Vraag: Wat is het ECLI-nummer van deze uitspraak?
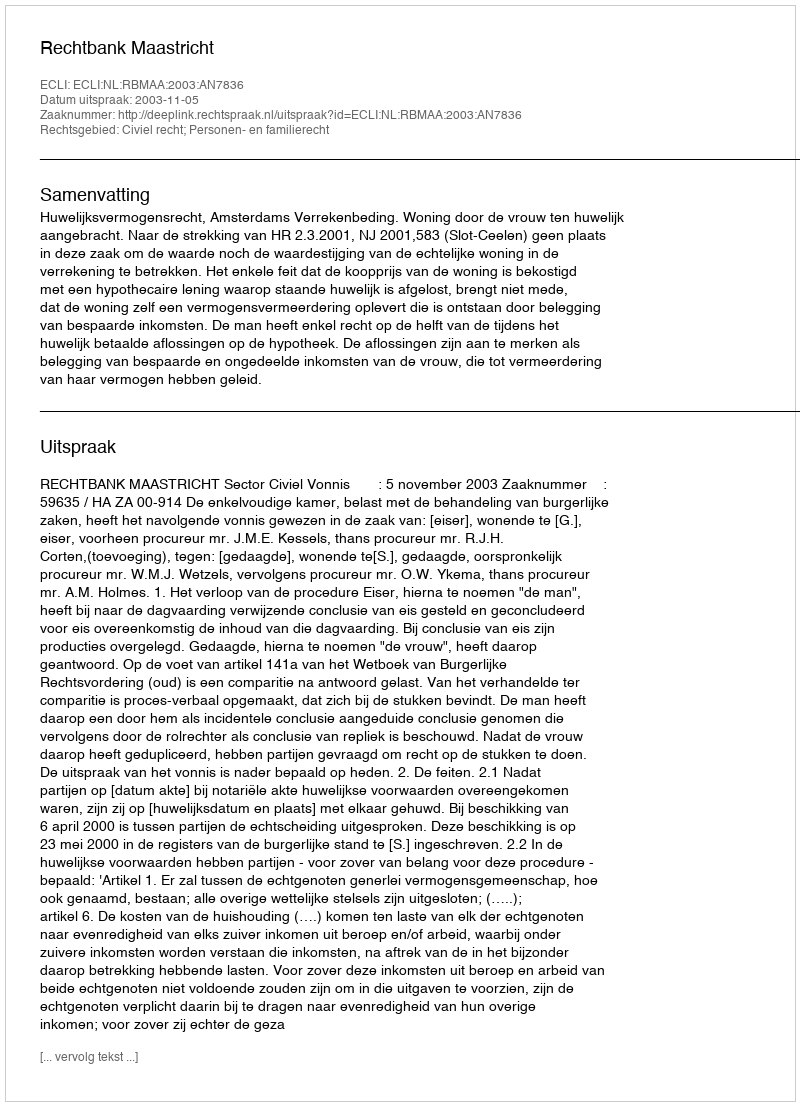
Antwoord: ECLI:NL:RBMAA:2003:AN7836